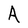
Character: A